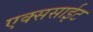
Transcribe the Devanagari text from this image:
एक्ससाईट